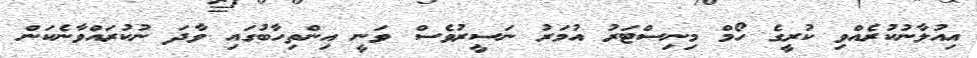
އިއުލާނުކުރެއްވި ކުރީގެ ހޯމް މިނިސްޓަރު އުމަރު ނަސީރުވެސް ވަނީ އިންތިހާބުގައި ވާދަ ނުކުރައްވާނެކަން